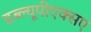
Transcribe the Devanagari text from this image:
डब्ल्यूपीएक्सए